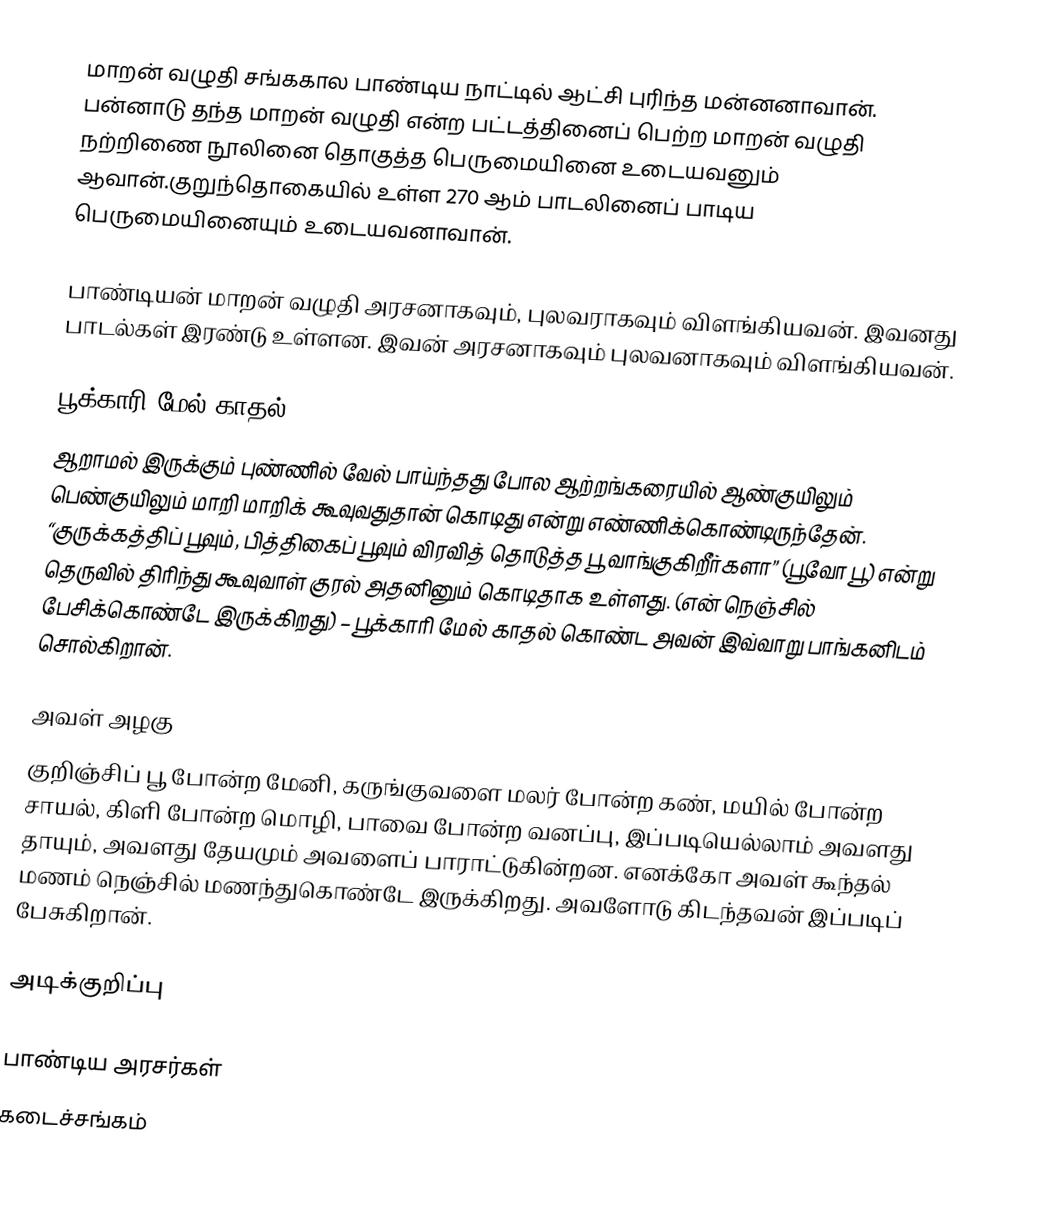
மாறன் வழுதி சங்ககால பாண்டிய நாட்டில் ஆட்சி புரிந்த மன்னனாவான். பன்னாடு தந்த மாறன் வழுதி என்ற பட்டத்தினைப் பெற்ற மாறன் வழுதி நற்றிணை நூலினை தொகுத்த பெருமையினை உடையவனும் ஆவான்.குறுந்தொகையில் உள்ள 270 ஆம் பாடலினைப் பாடிய பெருமையினையும் உடையவனாவான்.

பாண்டியன் மாறன் வழுதி அரசனாகவும், புலவராகவும் விளங்கியவன். இவனது பாடல்கள் இரண்டு உள்ளன. இவன் அரசனாகவும் புலவனாகவும் விளங்கியவன்.

பூக்காரி மேல் காதல்
ஆறாமல் இருக்கும் புண்ணில் வேல் பாய்ந்தது போல ஆற்றங்கரையில் ஆண்குயிலும் பெண்குயிலும் மாறி மாறிக் கூவுவதுதான் கொடிது என்று எண்ணிக்கொண்டிருந்தேன். “குருக்கத்திப் பூவும், பித்திகைப் பூவும் விரவித் தொடுத்த பூ வாங்குகிறீர்களா” (பூவோ பூ) என்று தெருவில் திரிந்து கூவுவாள் குரல் அதனினும் கொடிதாக உள்ளது. (என் நெஞ்சில் பேசிக்கொண்டே இருக்கிறது) – பூக்காரி மேல் காதல் கொண்ட அவன் இவ்வாறு பாங்கனிடம் சொல்கிறான்.

அவள் அழகு
குறிஞ்சிப் பூ போன்ற மேனி, கருங்குவளை மலர் போன்ற கண், மயில் போன்ற சாயல், கிளி போன்ற மொழி, பாவை போன்ற வனப்பு, இப்படியெல்லாம் அவளது தாயும், அவளது தேயமும் அவளைப் பாராட்டுகின்றன. எனக்கோ அவள் கூந்தல் மணம் நெஞ்சில் மணந்துகொண்டே இருக்கிறது. அவளோடு கிடந்தவன் இப்படிப் பேசுகிறான்.

அடிக்குறிப்பு

பாண்டிய அரசர்கள்
கடைச்சங்கம்